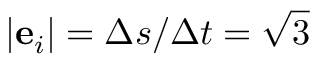
| \mathbf { e } _ { i } | = \Delta s / \Delta t = \sqrt { 3 }